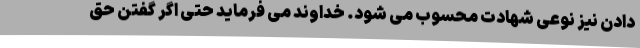
دادن نیز نوعی شهادت محسوب می شود. خداوند می فرماید حتی اگر گفتن حق